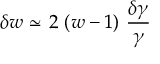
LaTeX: { \delta } w \ { \simeq } \ 2 \ ( w - 1 ) \ \frac { \delta \gamma } { \gamma }